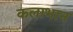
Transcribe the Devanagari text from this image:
कलाभान